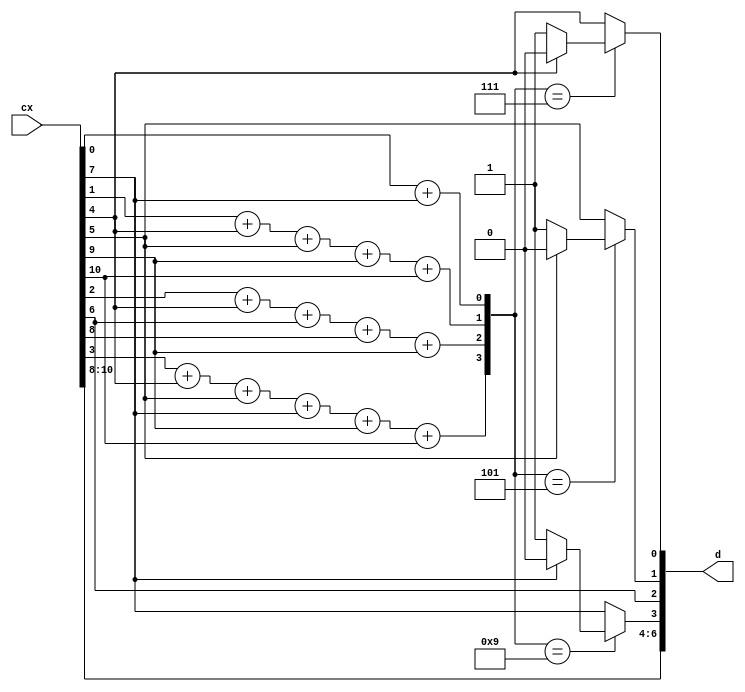
module decoder_8 (cx,d);
	output [6:0] d;
	input [10:0] cx;
	reg [6:0] d;
	reg [6:0] s;
	reg [10:0] cx1;
	parameter s0 = 7'b1000;
	parameter s1 = 7'b0100;
	parameter s2 = 7'b0010;
	parameter s3 = 7'b0001;
	parameter s4 = 7'b0111;
	parameter s5 = 7'b0101;
	parameter s6 = 7'b0010;
	parameter s7 = 7'b1001;
	parameter s8 = 7'b0010;
	parameter s9 = 7'b0111;
	parameter s10 = 7'b0101;
	always @(cx)
	begin
		cx1[0] = cx[0];
		cx1[1] = cx[1];
		cx1[2] = cx[2];
		cx1[3] = cx[3];
		cx1[4] = cx[4];
		cx1[5] = cx[5];
		cx1[6] = cx[6];
		cx1[7] = cx[7];
		cx1[8] = cx[8];
		cx1[9] = cx[9];
		cx1[10] = cx[10];
		s[0]= cx[0]+ cx[7];
		s[1]= cx[1]+ cx[4]+ cx[5]+ cx[9]+ cx[10];
		s[2]= cx[2]+ cx[4]+ cx[6]+ cx[8]+ cx[9];
		s[3]= cx[3]+ cx[4]+ cx[5]+ cx[7]+ cx[9]+ cx[10];
		case(s)
			s0:
				begin
					if(cx[0]==1'b0)
					begin
						cx1[0]=1'b1;
					end
					else
					begin
						cx1[0]=1'b0;
					end
				end
			s1:
				begin
					if(cx[1]==1'b0)
					begin
						cx1[1]=1'b1;
					end
					else
					begin
						cx1[1]=1'b0;
					end
				end
			s2:
				begin
					if(cx[2]==1'b0)
					begin
						cx1[2]=1'b1;
					end
					else
					begin
						cx1[2]=1'b0;
					end
				end
			s3:
				begin
					if(cx[3]==1'b0)
					begin
						cx1[3]=1'b1;
					end
					else
					begin
						cx1[3]=1'b0;
					end
				end
			s4:
				begin
					if(cx[4]==1'b0)
					begin
						cx1[4]=1'b1;
					end
					else
					begin
						cx1[4]=1'b0;
					end
				end
			s5:
				begin
					if(cx[5]==1'b0)
					begin
						cx1[5]=1'b1;
					end
					else
					begin
						cx1[5]=1'b0;
					end
				end
			s6:
				begin
					if(cx[6]==1'b0)
					begin
						cx1[6]=1'b1;
					end
					else
					begin
						cx1[6]=1'b0;
					end
				end
			s7:
				begin
					if(cx[7]==1'b0)
					begin
						cx1[7]=1'b1;
					end
					else
					begin
						cx1[7]=1'b0;
					end
				end
			s8:
				begin
					if(cx[8]==1'b0)
					begin
						cx1[8]=1'b1;
					end
					else
					begin
						cx1[8]=1'b0;
					end
				end
			s9:
				begin
					if(cx[9]==1'b0)
					begin
						cx1[9]=1'b1;
					end
					else
					begin
						cx1[9]=1'b0;
					end
				end
			s10:
				begin
					if(cx[10]==1'b0)
					begin
						cx1[10]=1'b1;
					end
					else
					begin
						cx1[10]=1'b0;
					end
				end
			default:
				begin
					cx1[0]=cx[0];
					cx1[1]=cx[1];
					cx1[2]=cx[2];
					cx1[3]=cx[3];
					cx1[4]=cx[4];
					cx1[5]=cx[5];
					cx1[6]=cx[6];
					cx1[7]=cx[7];
					cx1[8]=cx[8];
					cx1[9]=cx[9];
					cx1[10]=cx[10];
				end
		endcase
		d[0] = cx1[4];
		d[1] = cx1[5];
		d[2] = cx1[6];
		d[3] = cx1[7];
		d[4] = cx1[8];
		d[5] = cx1[9];
		d[6] = cx1[10];
	end
endmodule